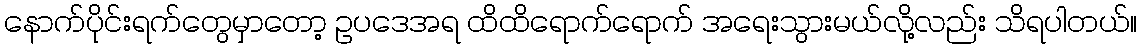
နောက်ပိုင်းရက်တွေမှာတော့ ဥပဒေအရ ထိထိရောက်ရောက် အရေးသွားမယ်လို့လည်း သိရပါတယ်။